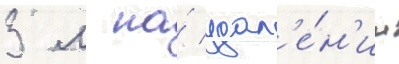
3 м на́ удал'е́н'ии